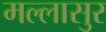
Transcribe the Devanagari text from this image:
मल्लासुर